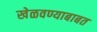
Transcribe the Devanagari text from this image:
खेळवण्याबाबत